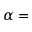
\alpha =